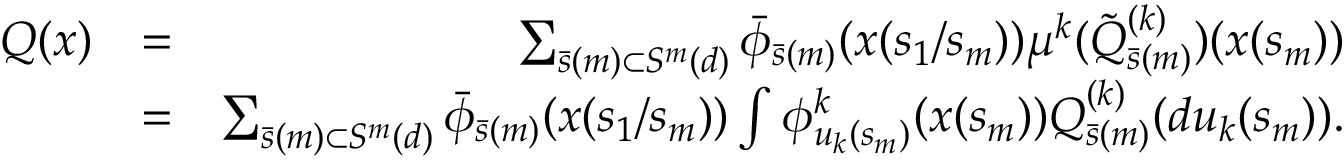
\begin{array} { r l r } { Q ( x ) } & { = } & { \sum _ { \bar { s } ( m ) \subset { \cal S } ^ { m } ( d ) } \bar { \phi } _ { \bar { s } ( m ) } ( x ( s _ { 1 } / s _ { m } ) ) \mu ^ { k } ( \tilde { Q } _ { \bar { s } ( m ) } ^ { ( k ) } ) ( x ( s _ { m } ) ) } \\ & { = } & { \sum _ { \bar { s } ( m ) \subset { \cal S } ^ { m } ( d ) } \bar { \phi } _ { \bar { s } ( m ) } ( x ( s _ { 1 } / s _ { m } ) ) \int \phi _ { u _ { k } ( s _ { m } ) } ^ { k } ( x ( s _ { m } ) ) Q _ { \bar { s } ( m ) } ^ { ( k ) } ( d u _ { k } ( s _ { m } ) ) . } \end{array}